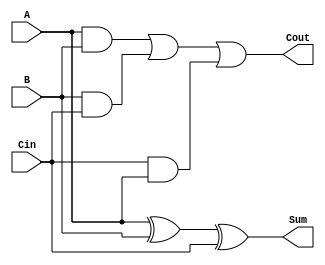
`timescale 1ns / 1ps
//////////////////////////////////////////////////////////////////////////////////
// Assignment 5
// Project Name: carry_select_adder
// Description: Group No 28
// Roll no - 18CS10013, 18CS10024
//////////////////////////////////////////////////////////////////////////////////


module full_adder(output Sum,output Cout,input A,input B,input Cin);
    assign Sum = (A ^ B) ^ Cin;
    assign Cout = (A & B) | (B & Cin) | (Cin & A);
endmodule